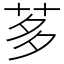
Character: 茤